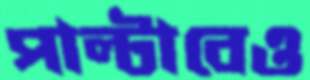
পাল্টাবেও